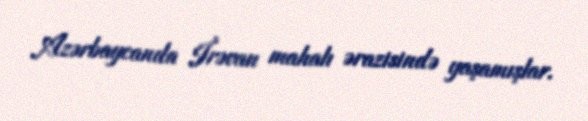
Azərbaycanda İrəvan mahalı ərazisində yaşamışlar.